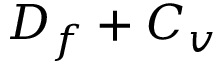
D _ { f } + C _ { v }